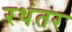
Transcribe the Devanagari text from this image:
रथंतर